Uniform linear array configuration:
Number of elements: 64
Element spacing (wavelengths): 0.25
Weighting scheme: cosine
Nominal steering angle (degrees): -30
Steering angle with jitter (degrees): -30.946
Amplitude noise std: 0.05
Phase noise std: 0.05

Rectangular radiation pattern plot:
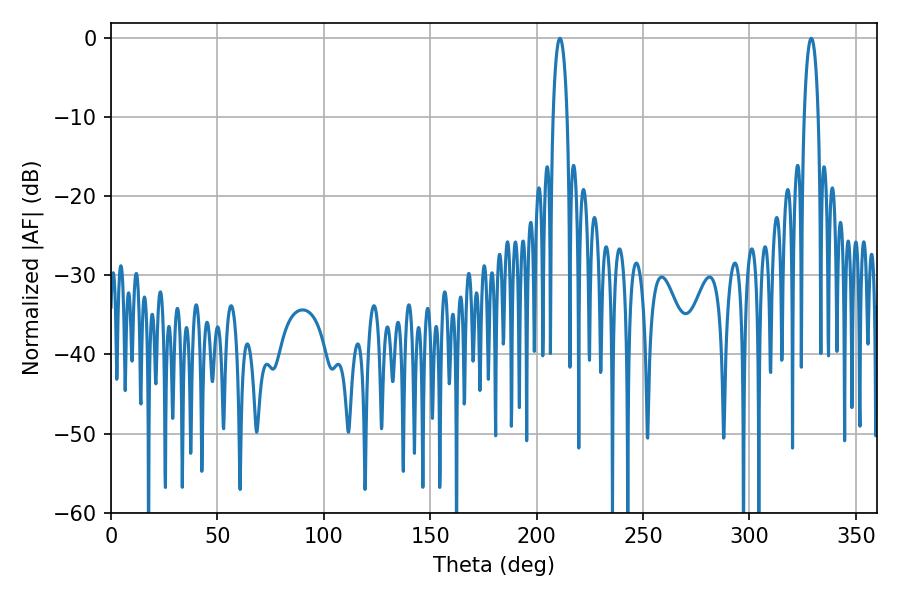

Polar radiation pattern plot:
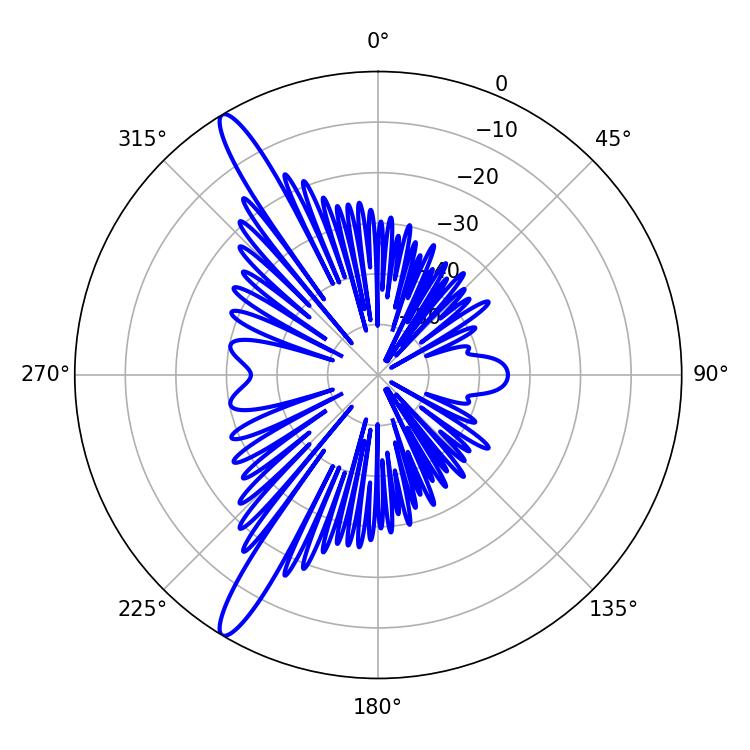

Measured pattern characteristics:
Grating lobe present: FALSE
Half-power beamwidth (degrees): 3.6
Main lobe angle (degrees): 210.96